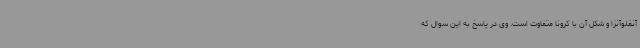
آنفلوآنزا و شکل آن با کرونا متفاوت است. وی در پاسخ به این سوال که